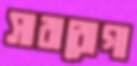
সারারোগা